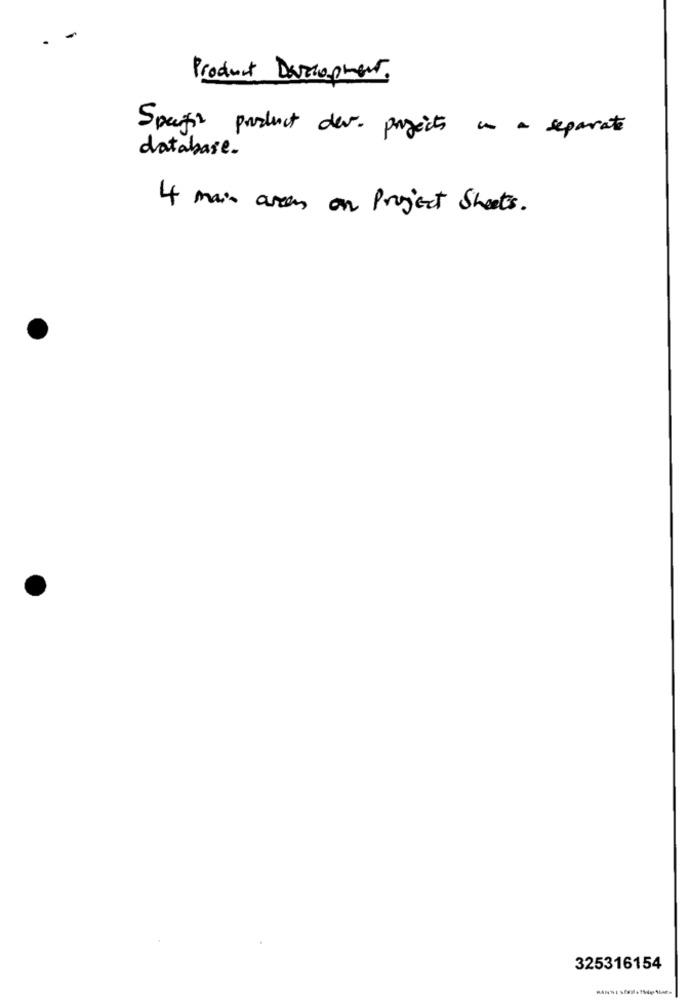
Product Development.
Specific product der. projects in a separate
database.
4 main aren on Project Sheets.
325316154